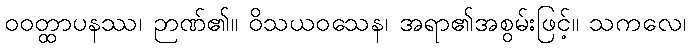
ဝဝတ္ထာပနဿ၊ ဉာဏ်၏။ ဝိသယဝသေန၊ အရာ၏အစွမ်းဖြင့်။ သကလေ၊